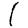
Digit: 1